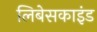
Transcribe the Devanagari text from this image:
लिबेसकाइंड